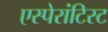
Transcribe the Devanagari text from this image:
एस्पेरांटिस्ट